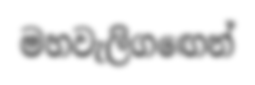
මහවැලිගඟෙන්